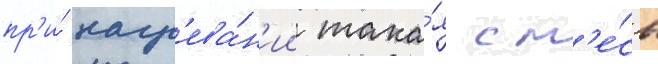
пр'и́ нагр'ева́н'ии така́я см'е́сь